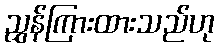
ညွှန်ကြားထားသည်ဟု